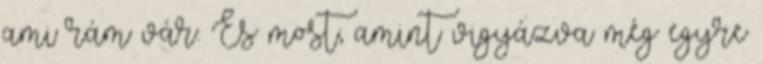
ami rám vár. És most, amint vigyázva még egyre